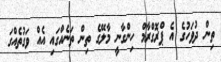
ތިން ދުވަހުގެ އެ ޕްރޮގްރާމް ހިންގާނީ މާލޭގެ ތިން ތަނެއްގައި އެއް ވަގުތެއްގަ